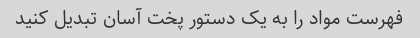
فهرست مواد را به یک دستور پخت آسان تبدیل کنید